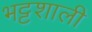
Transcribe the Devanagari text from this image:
भट्टशाली